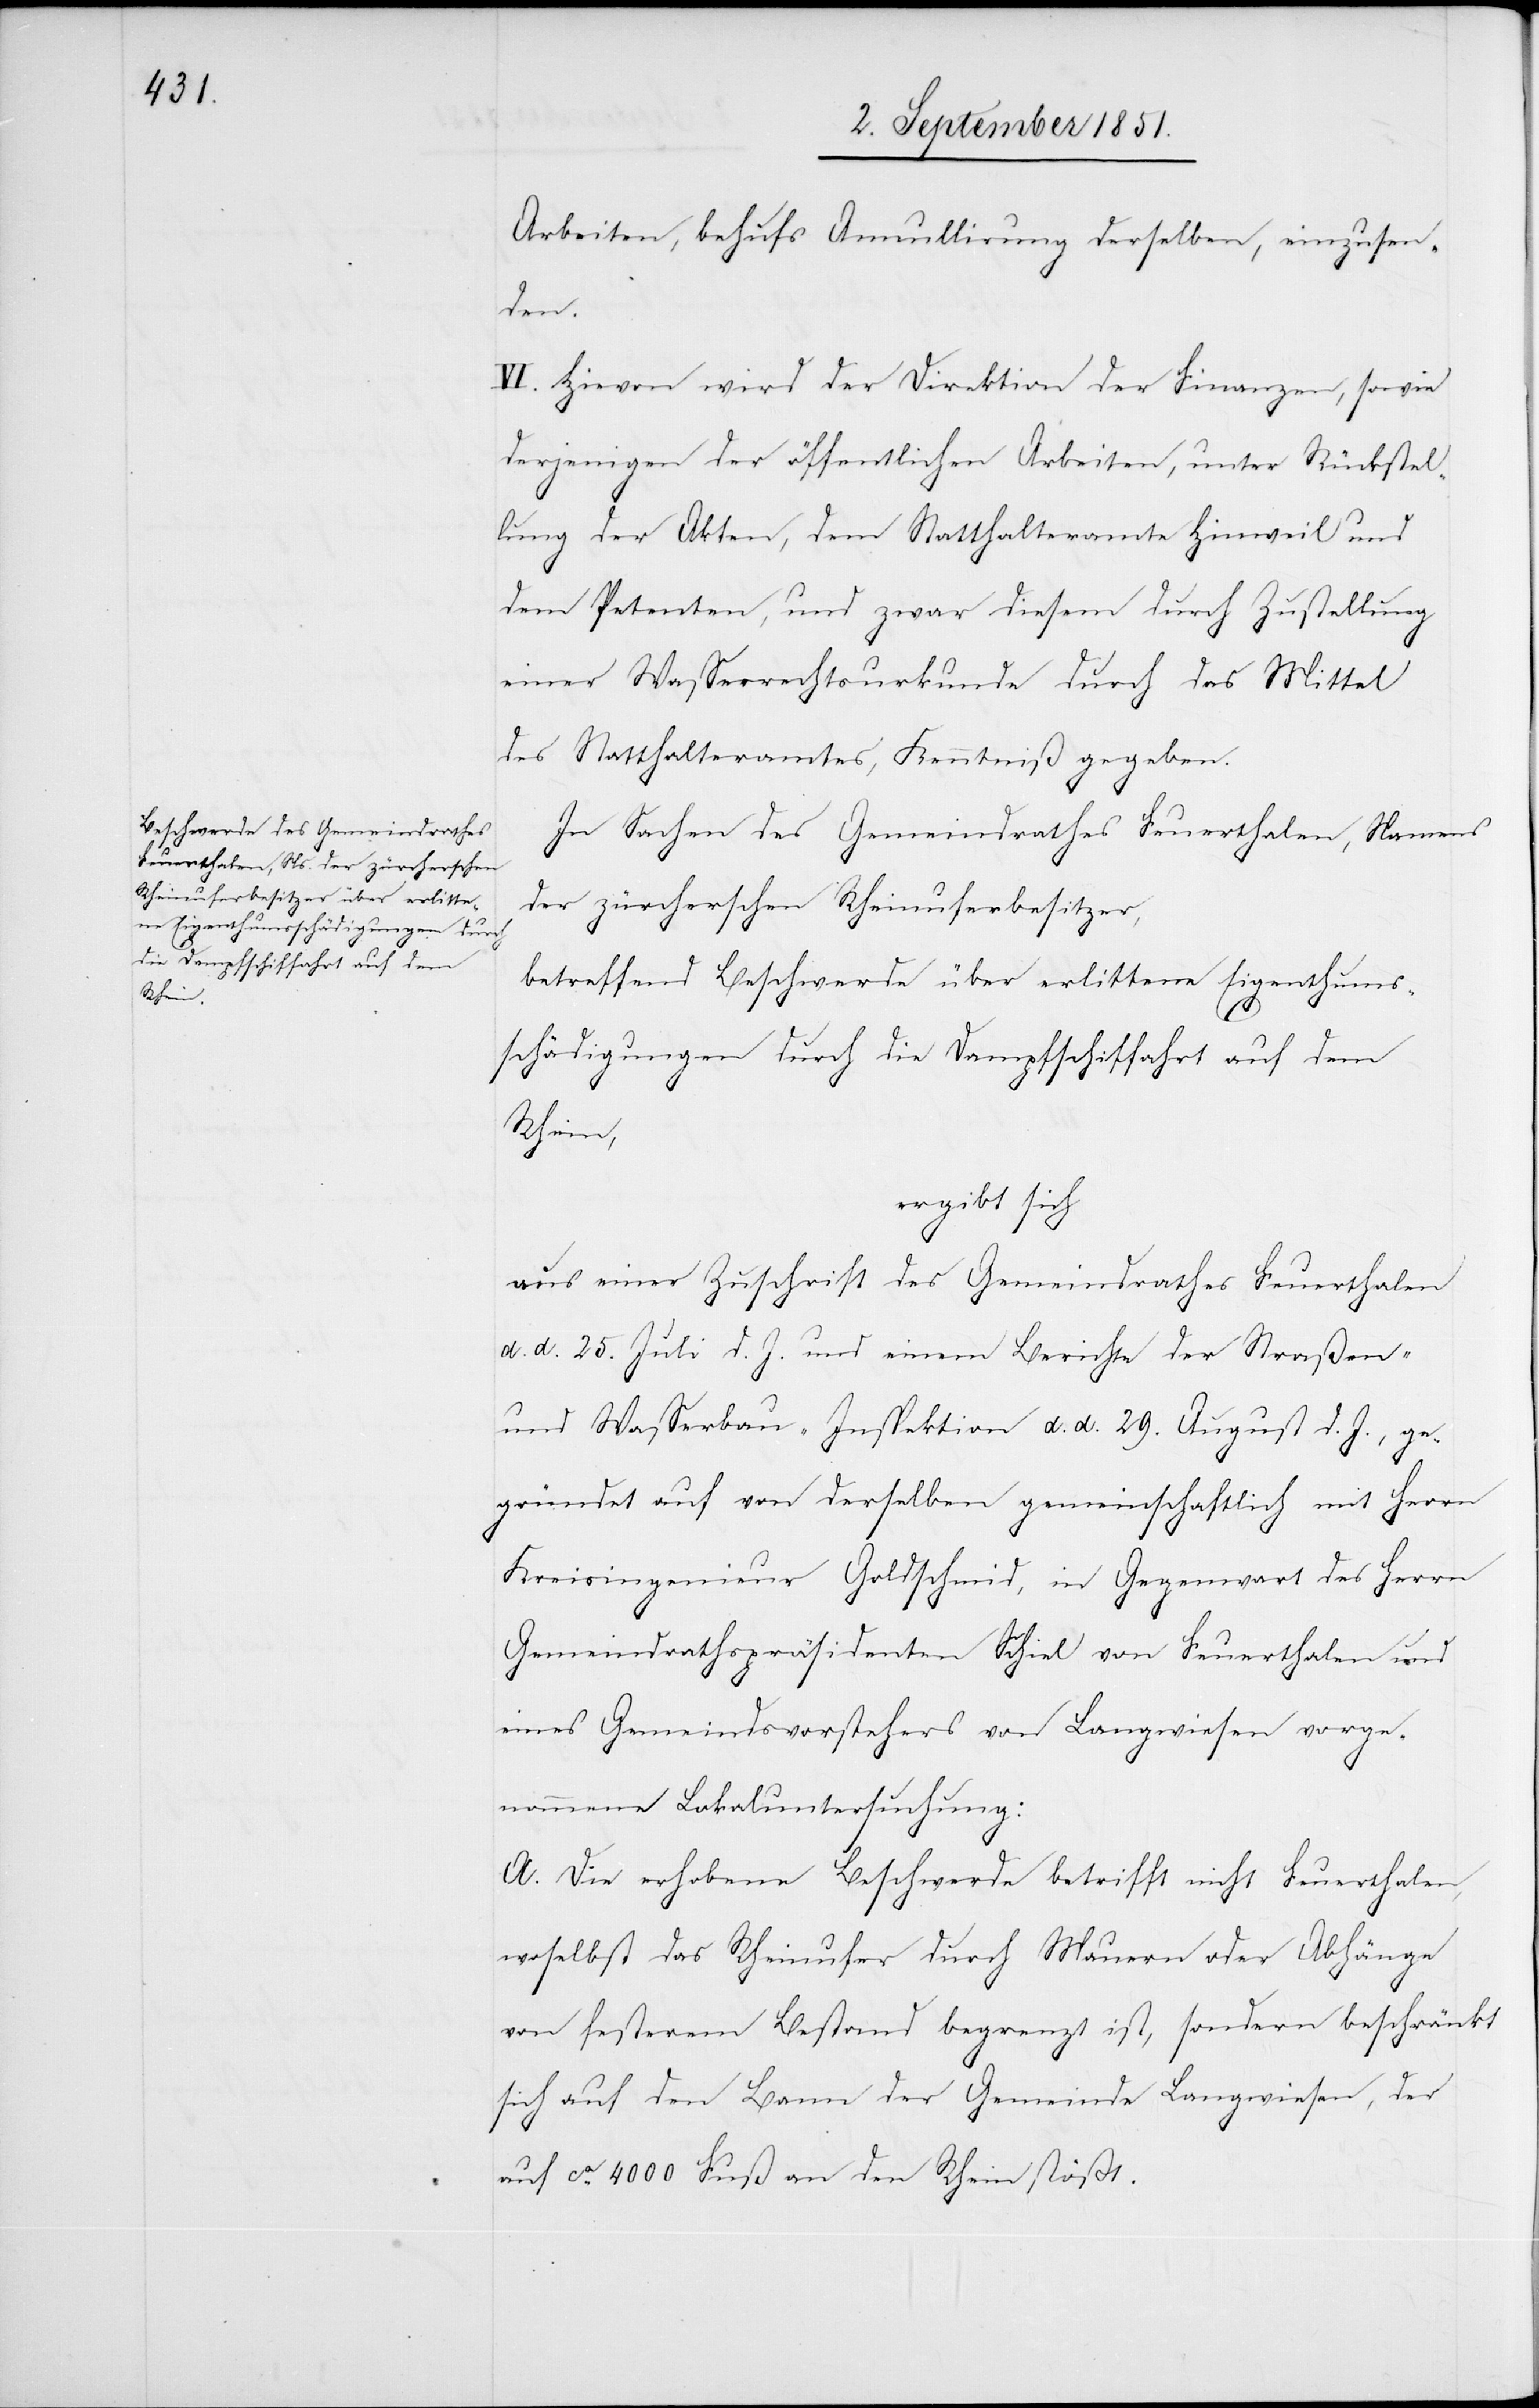
Arbeiten, behufs Annullirung derselben, einzusen¬
den.
VI. Hievon wird der Direktion der Finanzen, sowie
derjenigen der öffentlichen Arbeiten, unter Rückstel¬
lung der Akten, dem Statthalteramte Hinweil und
dem Petenten, und zwar diesem durch Zustellung
einer Wasserrechtsurkunde durch das Mittel
des Statthalteramtes, Kenntniß gegeben.
In Sachen des Gemeindrathes Feuerthalen, Namens
der zürcherschen Rheinuferbesitzer,
betreffend Beschwerde über erlittene Eigenthums¬
schädigungen durch die Dampfschiffahrt auf dem
Rhein,
ergibt sich
aus einer Zuschrift des Gemeindrathes Feuerthalen
d. d. 25. Juli d. J. und einem Berichte der Straßen-
und Wasserbau-Inspektion d. d. 29. August d. J., ge¬
gründet auf von derselben gemeinschaftlich mit Herrn
Kreisingenieur Goldschmid, in Gegenwart des Herrn
Gemeindrathspräsidenten Schiel von Feuerthalen und
eines Gemeindsvorstehers von Langwiesen vorge¬
nommene Lokaluntersuchung:
A. Die erhobene Beschwerde betrifft nicht Feuerthalen,
woselbst das Rheinufer durch Mauern oder Abhänge
von festerem Bestand begrenzt ist, sondern beschränkt
sich auf den Bann der Gemeinde Langwiesen, der
auf ca. 4000 Fuß an den Rhein stößt.